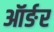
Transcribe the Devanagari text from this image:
ऑर्ङर